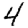
Digit: 4